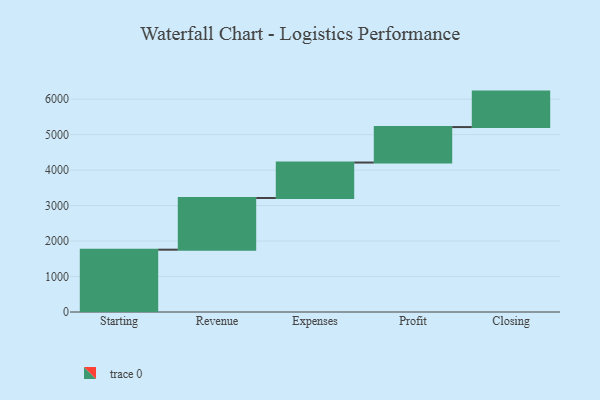
{"axis": {"x": "Step", "y": "Value"}, "legend": [""], "data": [{"x": "Starting", "y": 1757.0, "type": ""}, {"x": "Revenue", "y": 1457.0, "type": ""}, {"x": "Expenses", "y": 1000, "type": ""}, {"x": "Profit", "y": 1000, "type": ""}, {"x": "Closing", "y": 1000, "type": ""}]}